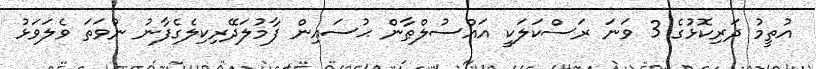
އުތީމު ދަރިކޮޅުގެ 3 ވަނަ ރަސްކަލަކީ އައްސުލްޠާން ޙުސައިން ފާމުލަދޭރިކިލެގެފާނު ނުވަތަ ވެލަވަޅު